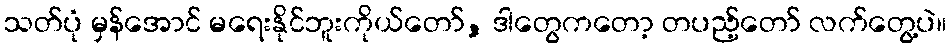
သတ်ပုံ မှန်အောင် မရေးနိုင်ဘူးကိုယ်တော်, ဒါတွေကတော့ တပည့်တော် လက်တွေ့ပဲ။